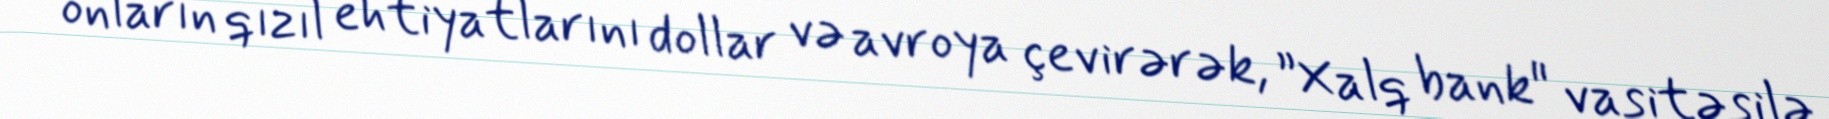
onların qızıl ehtiyatlarını dollar və avroya çevirərək, ”Xalq bank" vasitəsilə